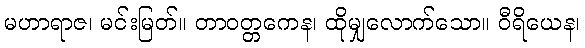
မဟာရာဇ၊ မင်းမြတ်။ တာဝတ္တကေန၊ ထိုမျှလောက်သော။ ဝီရိယေန၊